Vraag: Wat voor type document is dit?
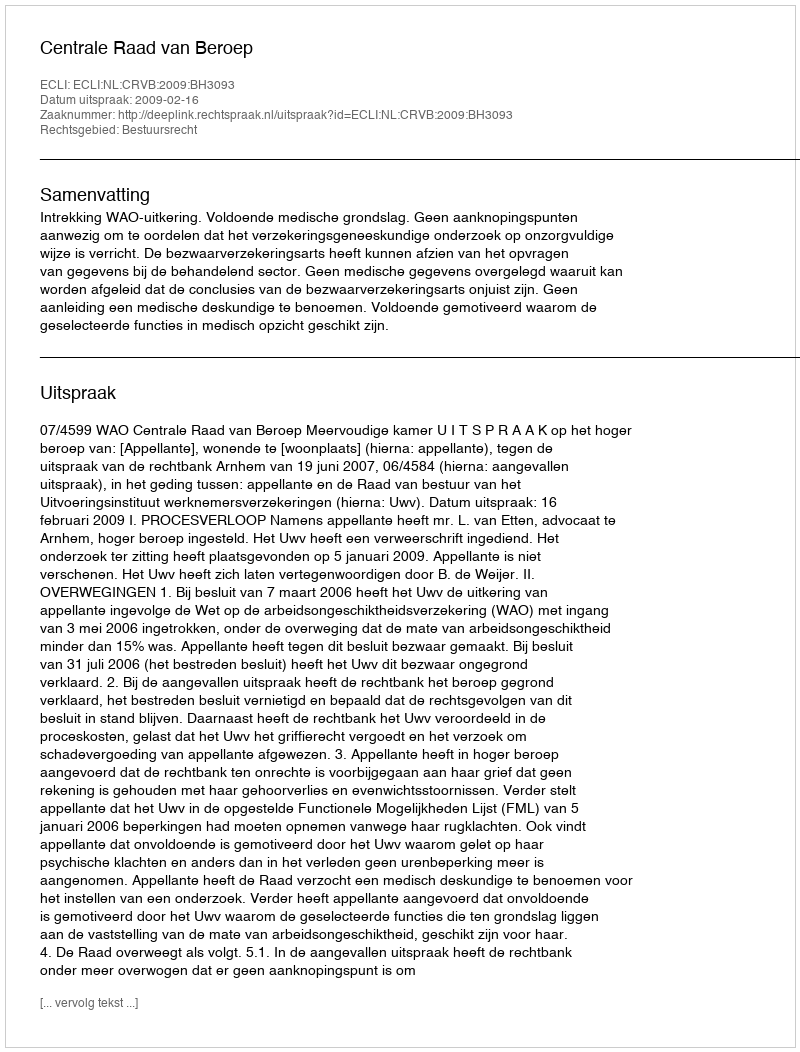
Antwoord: Uitspraak